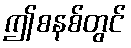
ဤစနစ်တွင်